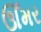
ઊઁમર